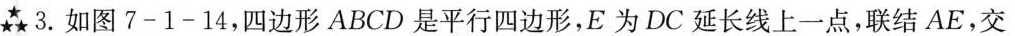
★3.如图7-1-14，四边形ABCD是平行四边形，E为DC延长线上一点，联结AE，交